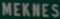
MEKNES